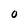
Character: 0